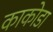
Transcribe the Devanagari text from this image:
काकोडा